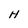
Character: H